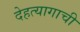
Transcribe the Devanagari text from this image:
देहत्यागाची